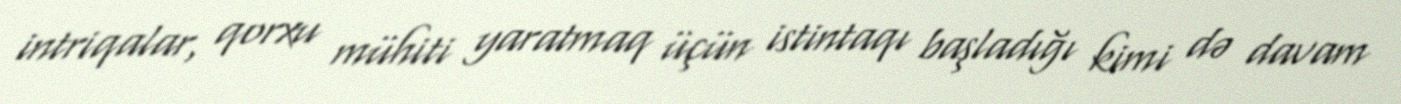
intriqalar, qorxu mühiti yaratmaq üçün istintaqı başladığı kimi də davam